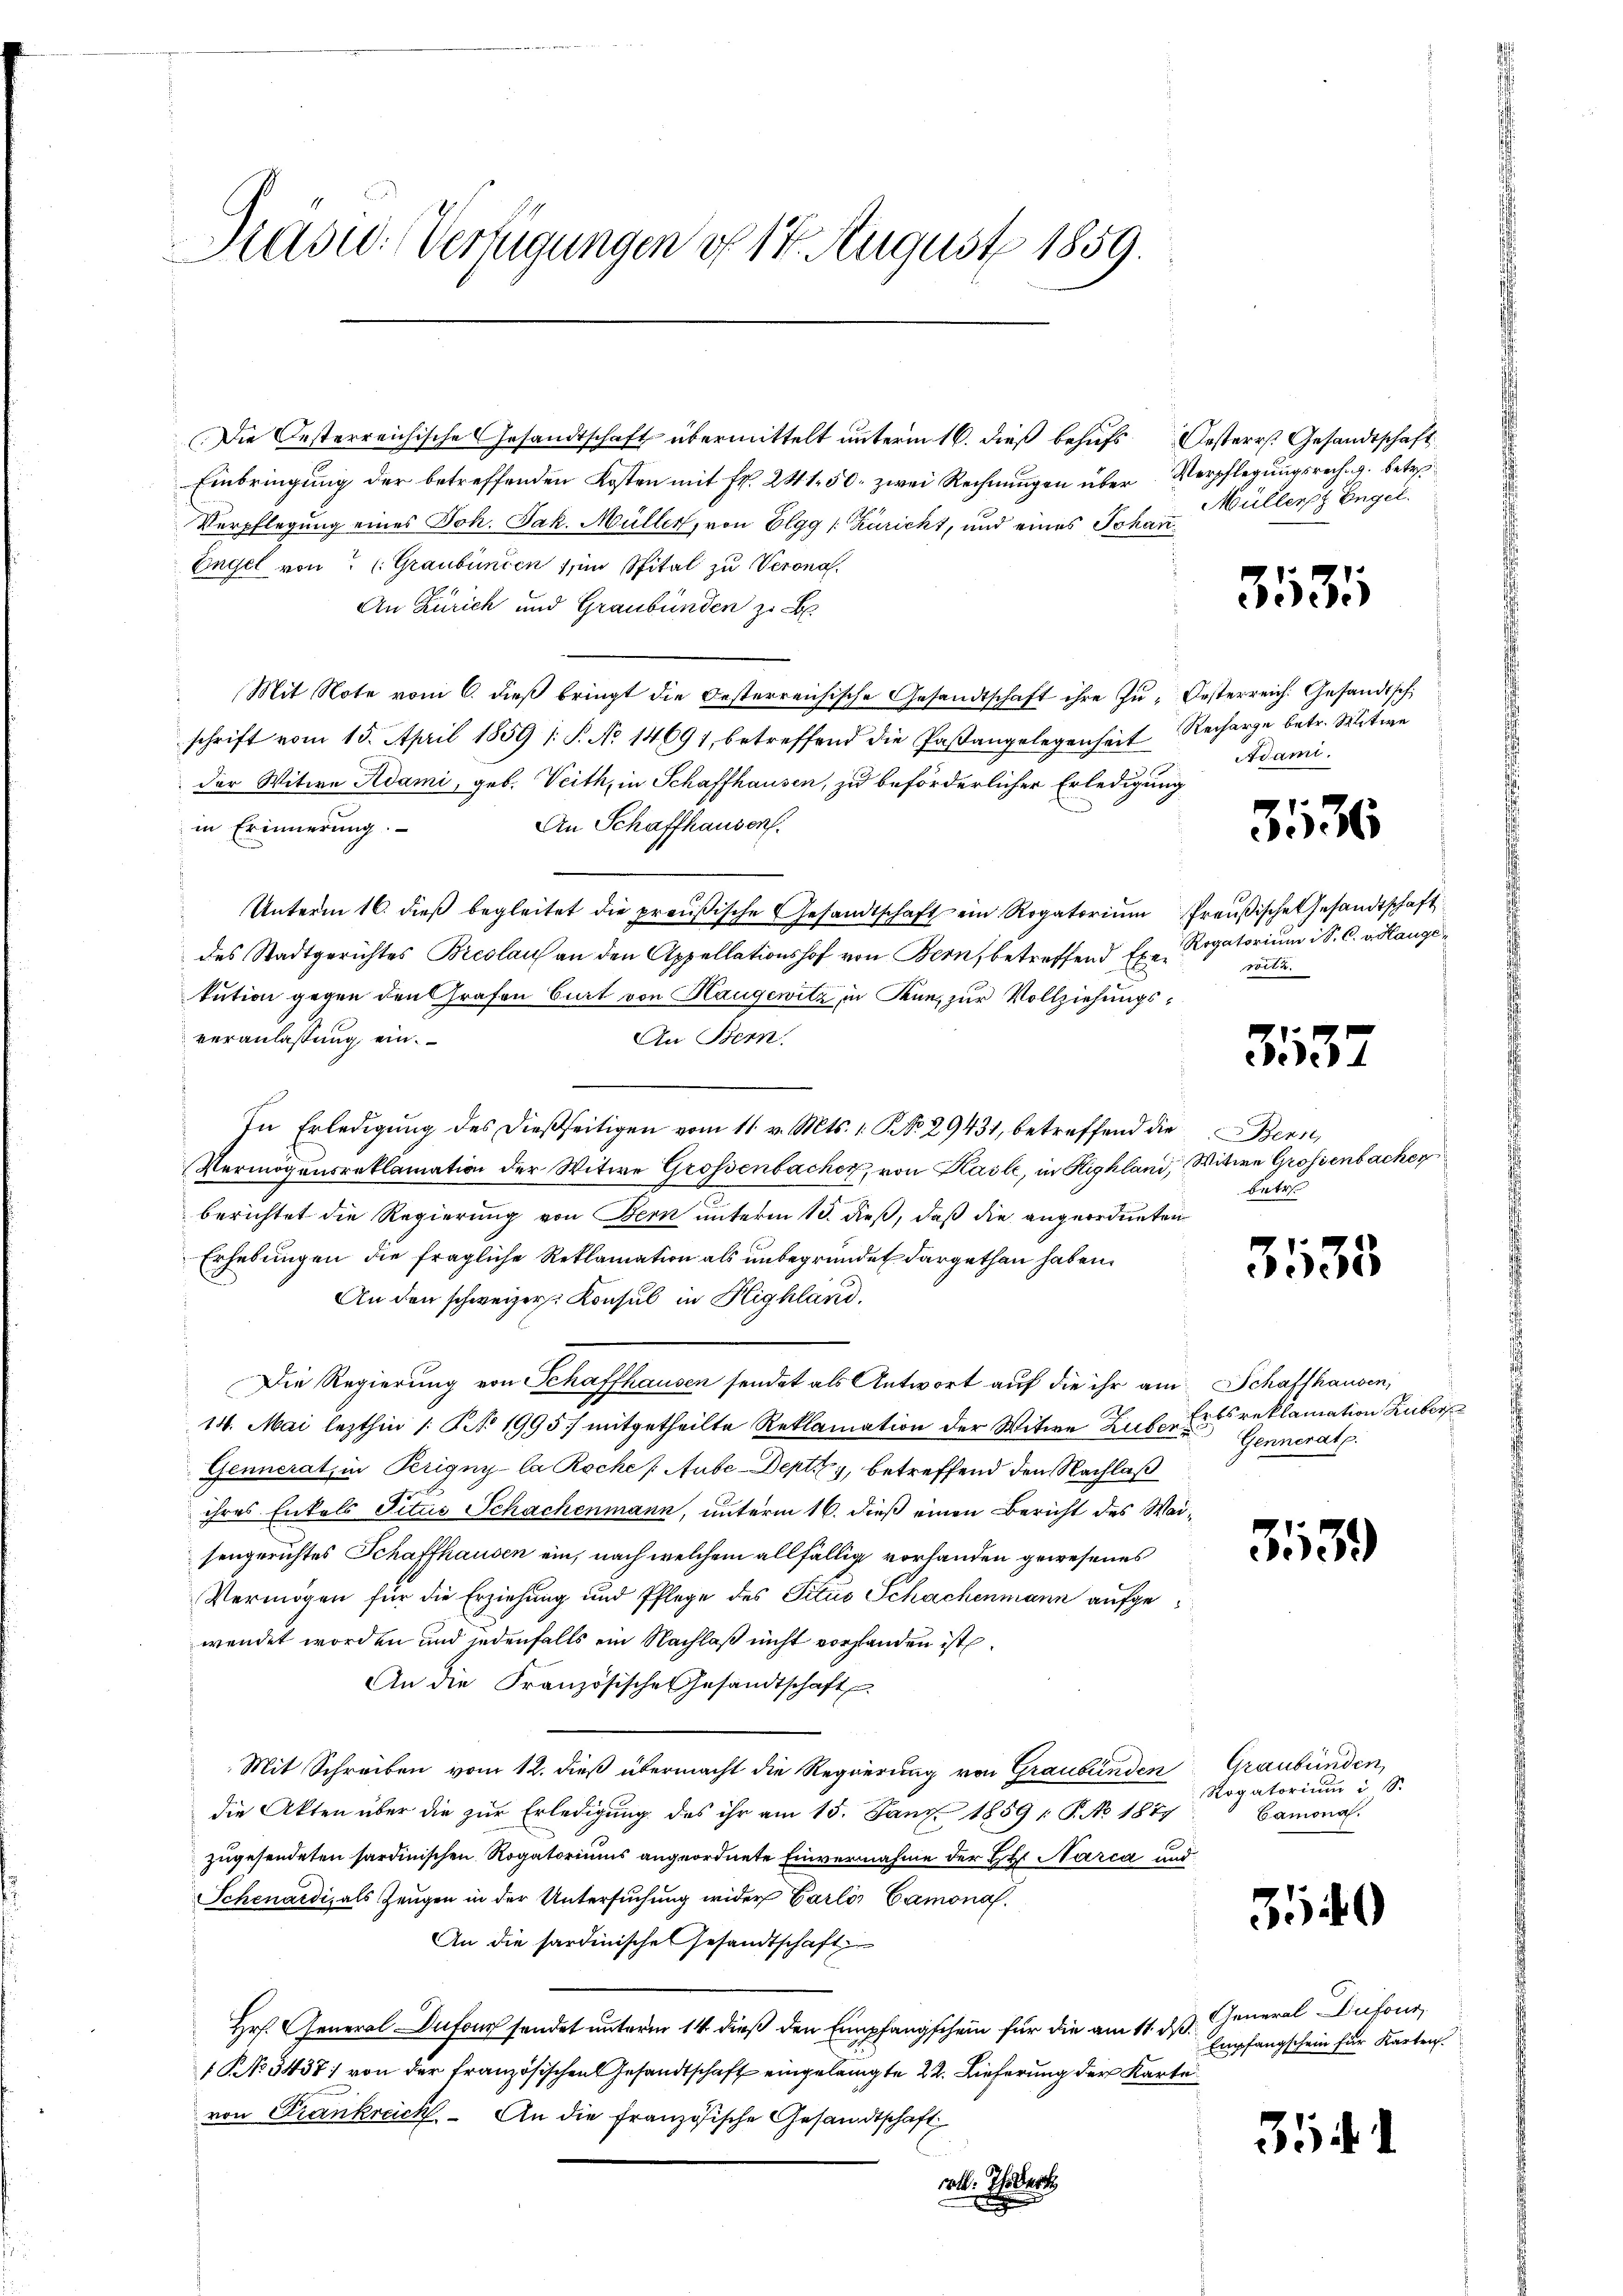
Rasc. Verfügungen d 14. August 1859.

Die Oesterreichische Gesandtschaft übermittelt unterm 16. dieß behufs Oesterr. Gesandtschaft
Einbringung der betreffenden Kosten mit Fr. 241. 50. zwei Rechnungen über Verpflegungsrech. g. betre¬
Verpflegung eines Joh. Jak. Müller, von Elgg (Züricht, und eines Johan¬
Engel von (Graubünden & im Spital zu Verona.
An Zürich und Graubünden zu
Mit Note vom 6. dieβ bringt die Oesterreichische Gesandtschaft ihre Zu- Oesterreich. Gesandtsch
schrift vom 15. April 1859 f. P. No 14691, betreffend die Paßangelegenheit Recharge betr. Mitwe
der Witwe Adami, geb. Veith, in Schaffhausen, zu beförderlicher Erledigung
in Erinnerung.
An Schaffhausen.
Unterm 16. dieβ begleitet die preußische Gesandtschaft ein Rogatorium Preußische Gesandtschaft
des Stadtgerichtes Breslauf an den Appellationshof von Bern, betreffend Ex. Rigatorium i S. C. v. Hangekution gegen den Grafen Curt von Haugewitz in Kenn, zur Vollziehungsveranlassung ein.
An Bern.
In Erledigŭng des dießseitigen vom 11. v. Mts. 1. No. 29431, betreffend die Bern,
Vermögensreklamation der Witwe Grossenbacher, von Kasle, in Highland, Witwe Grossenbacher
berichtet die Regierung von Bern unterm 13. dieß, daß die angeordneten
Erhebungen die fragliche Reklamation als unbegründet dargethan haben.
An den schweizer Konsul in Highland.
Die Regierung von Schaffhausen sendet als Antwort auf die ihr am Schafthausen,
14. Mai lezthin /: NNo. 1995) mitgetheilte Reklamation der Witwe Zuber Generat
Gennerat, in Perigny-la Roche (Aube-Deptty, betreffend den Nachlaß
ihres Enkels Titus Schachenmann, unterm 16. dieß einen Bericht des Waisengerichtes Schaffhausen ein, nach welchem allfällig vorhanden gewesenes
Vermögen für die Erziehung und Pflege des Titus Schachenmann aufgewendet worden und jedenfalls ein Nachlaß nicht vorhanden ist.
An die Französische Gesandtschaft
Mit Schreiben vom 12. dieß übermacht die Regierung von Graubünden
die Akten über die zur Erledigung des ihr am 15. Janz. 1859 /: P. No 1879
zugesendeten sardinischen Rogatoriums angeordnete Einvernahme der Hr. Narca und
Schenardi, als Zeugen in der Untersuchung wider Carlis Camona
An die sardinische Gesandtschaft
Hr. General-Dufour sendet unterm 14. dieß den Empfangschein für die am 11. ds. General Dufour
 NNo. 5437; von der französischen Gesandtschaft eingelangte 22. Lieferung der Karte
von Frankreich. An die Französische Gesandtschaft
obl. Thedert

Müllers Engel.

313

Adami

353

rorte.

3137

betre

3535

rbsreklamation Huber

313.

Graubünden,
Rogatorium i S.
Camona.

3540

Empfangschein für Karten.

31

s